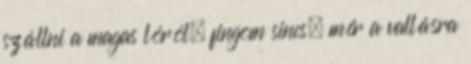
szállni a magas lóról. fingom sincs, mér a vallásra